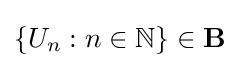
\{U_{n}:n\in \mathbb {N} \}\in \mathbf {B}